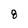
Character: 8